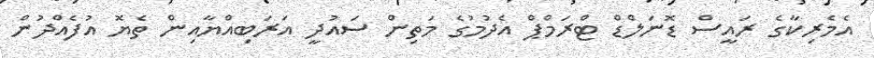
އެމެރިކާގެ ރައީސް ޑޮނަލްޑް ޓްރަމްޕް އެދުމުގެ މަތިން ސައުދީ އަރަބިއްޔާއިން ތެޔޮ އުފެއްދުން